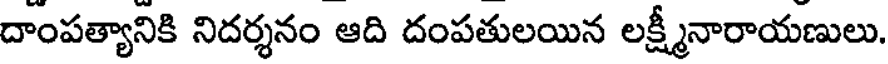
దాంపత్యానికి నిదర్శనం ఆది దంపతులయిన లక్ష్మీనారాయణులు.